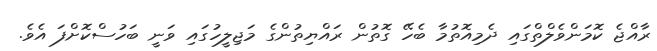
ރާއްޖެ ކޮމަންވެލްތްގައި ދެމިއޮތުމާ ބެހޭ ގޮތުން ރައްޔިތުންގެ މަޖިލީހުގައި ވަނީ ބަހުސްކޮށްފަ އެވެ.